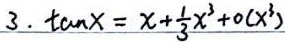
3. \(\tan x=x+\frac{1}{3}x^{3}+o(x^{3})\)